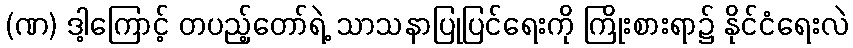
(ဏ) ဒါ့ကြောင့် တပည့်တော်ရဲ့ သာသနာပြုပြင်ရေးကို ကြိုးစားရာ၌ နိုင်ငံရေးလဲ